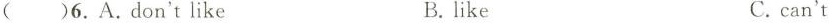
()6.A. Don'tlike B. ike C .can't